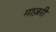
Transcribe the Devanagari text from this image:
माज़री